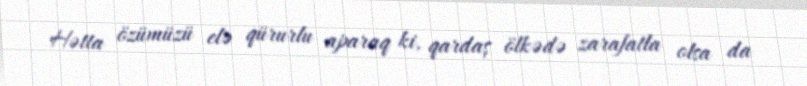
Hətta özümüzü elə qürurlu aparaq ki, qardaş ölkədə zarafatla olsa da